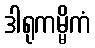
ဒါရုကမ္မိကံ